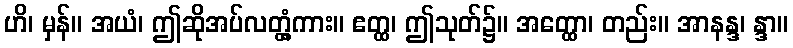
ဟိ၊ မှန်။ အယံ၊ ဤဆိုအပ်လတ္တံ့ကား။ ဧတ္ထ၊ ဤသုတ်၌။ အတ္ထော၊ တည်း။ အာနန္ဒ၊ န္ဒာ။